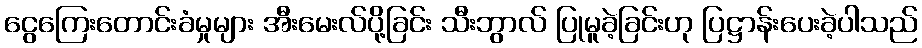
ငွေကြေးတောင်းခံမှုများ အီးမေးလ်ပို့ခြင်း သီးဘွာလ် ပြုမူခဲ့ခြင်းဟု ပြဋ္ဌာန်းပေးခဲ့ပါသည်